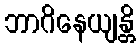
ဘာဂိနေယျန္တိ